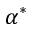
\alpha ^ { * }